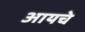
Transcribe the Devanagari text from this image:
आयचे